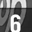
Digit: 6